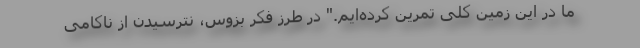
ما در این زمین کلی تمرین کرده‌ایم." در طرز فکر بزوس، نترسیدن از ناکامی